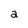
Character: 2